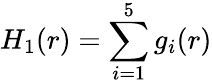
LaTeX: H_{1}(r)=\sum_{i=1}^{5}g_{i}(r)